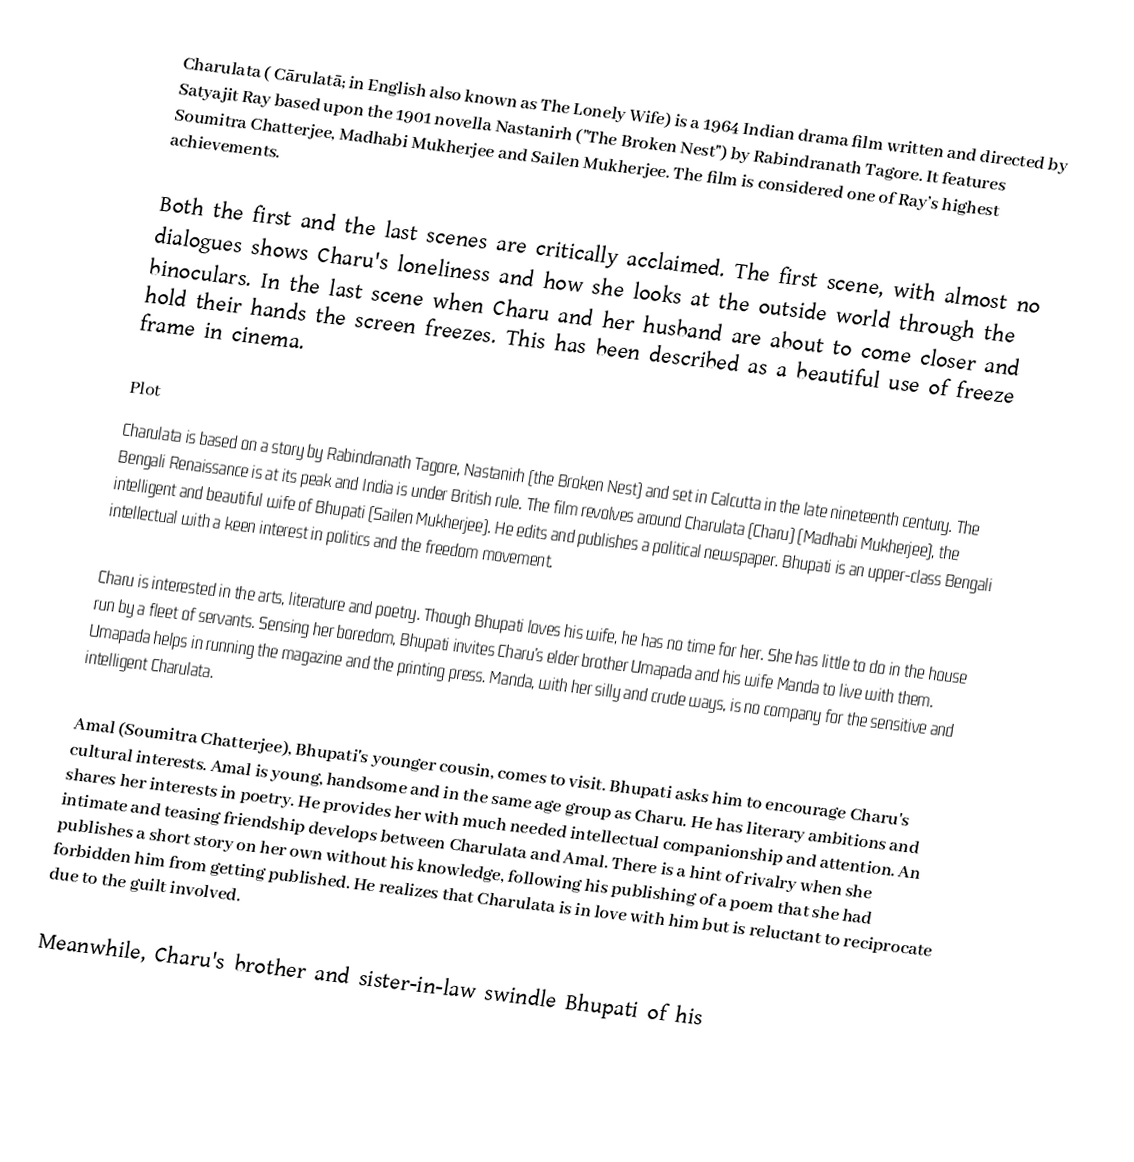
Charulata ( Cārulatā; in English also known as The Lonely Wife) is a 1964 Indian drama film written and directed by Satyajit Ray based upon the 1901 novella Nastanirh ("The Broken Nest") by Rabindranath Tagore. It features Soumitra Chatterjee, Madhabi Mukherjee and Sailen Mukherjee. The film is considered one of Ray’s highest achievements.

Both the first and the last scenes are critically acclaimed. The first scene, with almost no dialogues shows Charu's loneliness and how she looks at the outside world through the binoculars. In the last scene when Charu and her husband are about to come closer and hold their hands the screen freezes. This has been described as a beautiful use of freeze frame in cinema.

Plot
Charulata is based on a story by Rabindranath Tagore, Nastanirh (the Broken Nest) and set in Calcutta in the late nineteenth century. The Bengali Renaissance is at its peak and India is under British rule. The film revolves around Charulata (Charu) (Madhabi Mukherjee), the intelligent and beautiful wife of Bhupati (Sailen Mukherjee). He edits and publishes a political newspaper. Bhupati is an upper-class Bengali intellectual with a keen interest in politics and the freedom movement.

Charu is interested in the arts, literature and poetry. Though Bhupati loves his wife, he has no time for her. She has little to do in the house run by a fleet of servants. Sensing her boredom, Bhupati invites Charu's elder brother Umapada and his wife Manda to live with them. Umapada helps in running the magazine and the printing press. Manda, with her silly and crude ways, is no company for the sensitive and intelligent Charulata.

Amal (Soumitra Chatterjee), Bhupati's younger cousin, comes to visit. Bhupati asks him to encourage Charu's cultural interests. Amal is young, handsome and in the same age group as Charu. He has literary ambitions and shares her interests in poetry. He provides her with much needed intellectual companionship and attention. An intimate and teasing friendship develops between Charulata and Amal. There is a hint of rivalry when she publishes a short story on her own without his knowledge, following his publishing of a poem that she had forbidden him from getting published. He realizes that Charulata is in love with him but is reluctant to reciprocate due to the guilt involved.

Meanwhile, Charu's brother and sister-in-law swindle Bhupati of his